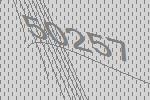
50257